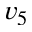
v _ { 5 }